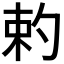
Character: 𠣩